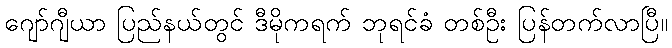
ဂျော်ဂျီယာ ပြည်နယ်တွင် ဒီမိုကရက် ဘုရင်ခံ တစ်ဦး ပြန်တက်လာပြီ။